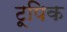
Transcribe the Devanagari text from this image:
टूपिक